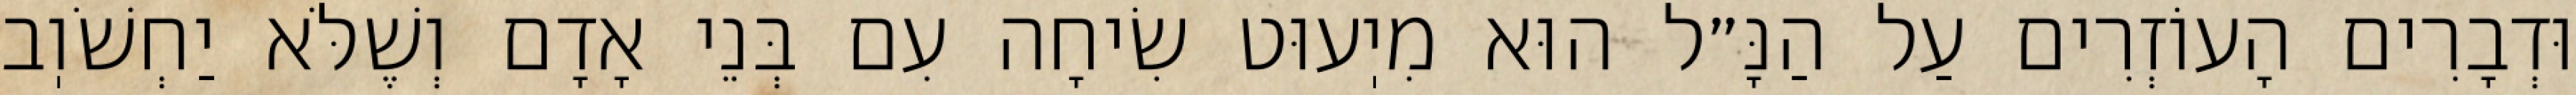
וּדְבָרִים הָעוֹזְרִים עַל הַנָּ״ל הוּא מִיֽעוּט שִׂיחָה עִם בְּנֵי אָדָם וְשֶׁלֹּא יַחְשֹׁוֽב